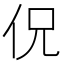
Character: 㑆